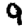
Digit: 9